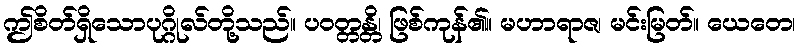
ဤစိတ်ရှိသောပုဂ္ဂိုလ်တို့သည်။ ပဝတ္တန္တိ၊ ဖြစ်ကုန်၏။ မဟာရာဇ၊ မင်းမြတ်။ ယေတေ၊